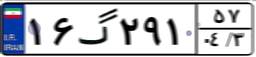
۱۶گ۲۹۱۵۷